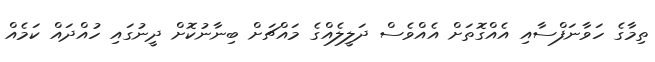
ތިމާގެ ހަވާނަފްސާއި އެއްގޮތަށް އެއްވެސް ދަލީލެއްގެ މައްޗަށް ބިނާނުކޮށް ދީނުގައި ހުއްދައް ކަމެއް